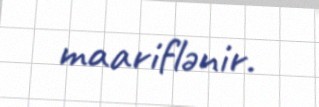
maariflənir.